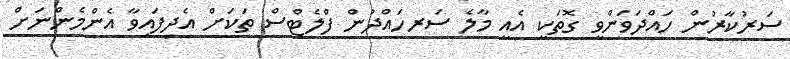
ސަރުކާރުން ހައްދަވަންވީ ގޮތަކީ އެއީ މާލެ ސަރހައްދުން ފްލެޓްސް ތަކަށް އެދިފައިވާ އެންމެންނަށް